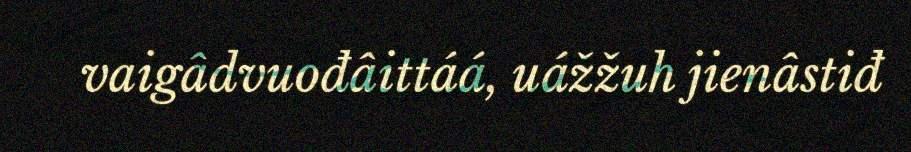
vaigâdvuođâittáá, uážžuh jienâstiđ